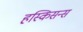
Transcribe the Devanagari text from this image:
हस्किसन्स